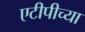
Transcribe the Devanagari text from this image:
एटीपीच्या